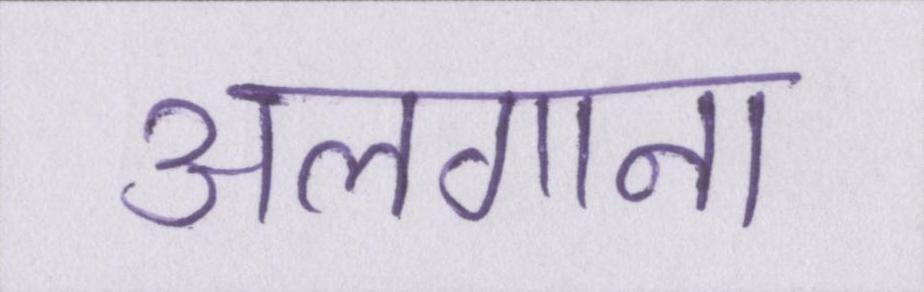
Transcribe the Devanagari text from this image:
अलगाना